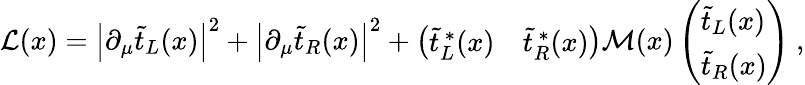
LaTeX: {\cal L}(x)=\left|\partial_{\mu}\widetilde t_{L}(x)\right|^{2}+\left|\partial_{\mu}\widetilde t_{R}(x)\right|^{2}+\left(\begin{array}{ll}{{\widetilde t_{L}^{\, *}(x)}}&{{\widetilde t_{R}^{\, *}(x)}}\end{array}\right){\cal M}(x)\left(\begin{array}{l}{{\widetilde t_{L}(x)}}\\ {{\widetilde t_{R}(x)}}\end{array}\right)\ ,